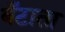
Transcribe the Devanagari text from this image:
बँटाता